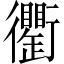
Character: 𧘆